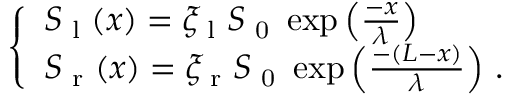
\left\{ \begin{array} { l l } { S _ { \textrm { l } } ( x ) = \xi _ { \textrm { l } } S _ { \textrm { 0 } } \exp { \left( \frac { - x } { \lambda } \right) } } \\ { S _ { \textrm { r } } ( x ) = \xi _ { \textrm { r } } S _ { \textrm { 0 } } \exp { \left( \frac { - ( L - x ) } { \lambda } \right) } \ . } \end{array} \right.